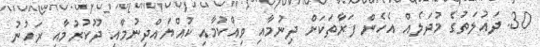
30. ދައުލަތުގެ މުދަލެއް އެހެން ފަރާތަކަށް ދިނުމާއި ވިއްކުމާއި ކުއްޔައްދިނުމާއި ދޫކުރުމާއި ރަހުނު